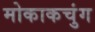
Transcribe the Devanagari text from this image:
मोकाकचुंग